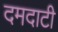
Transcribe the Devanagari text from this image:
दमदाटी